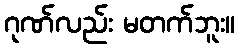
ဂုဏ်လည်း မတက်ဘူး။